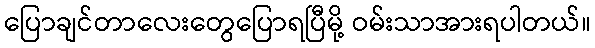
ပြောချင်တာလေးတွေပြောရပြီမို့ ဝမ်းသာအားရပါတယ်။